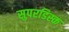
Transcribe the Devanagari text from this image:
सुपरडिस्क